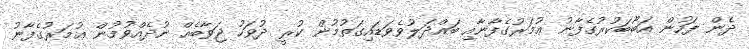
ދެން ފަހުން އަބޫބަކުރުގެފާނު ޢުމަރުގެފާނާއި ބައްދަލުވެވަޑައިގަތުމުން ކުރީ ދުވަހު ޖަވާބެއް ނުދެއްވުމުން ޢުމަރުގެފާނު